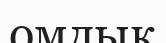
омдық